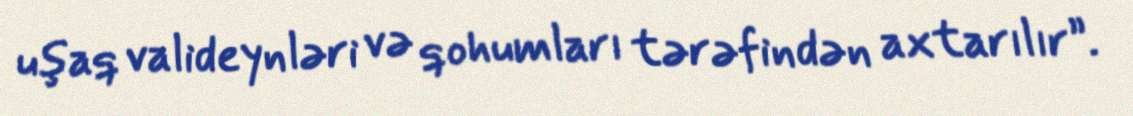
uşaq valideynləri və qohumları tərəfindən axtarılır”.